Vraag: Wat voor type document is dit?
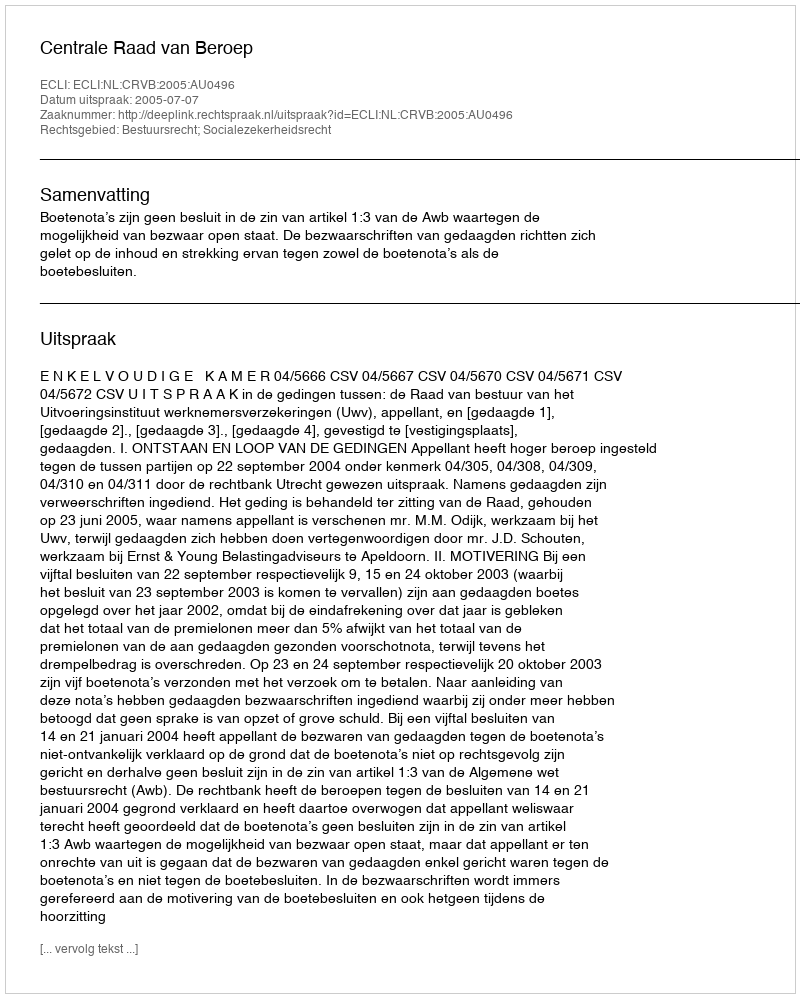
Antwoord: Uitspraak